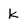
Character: K